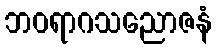
ဘဝရာဂသညောဇနံ